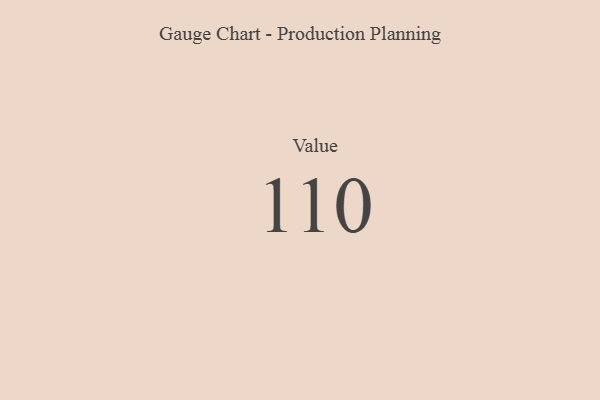
{"axis": {"x": "Metric", "y": "Value"}, "legend": [""], "data": [{"x": "Value", "y": 110, "type": ""}]}